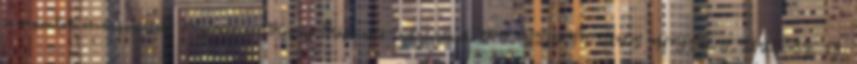
szempontok érvényesültek: Nyárlőrinc Község Képviselő-testületének RENDKÍVÜLI NYÍLT ÜLÉSE 18.